Trukikaitis_Postimees, lk 186
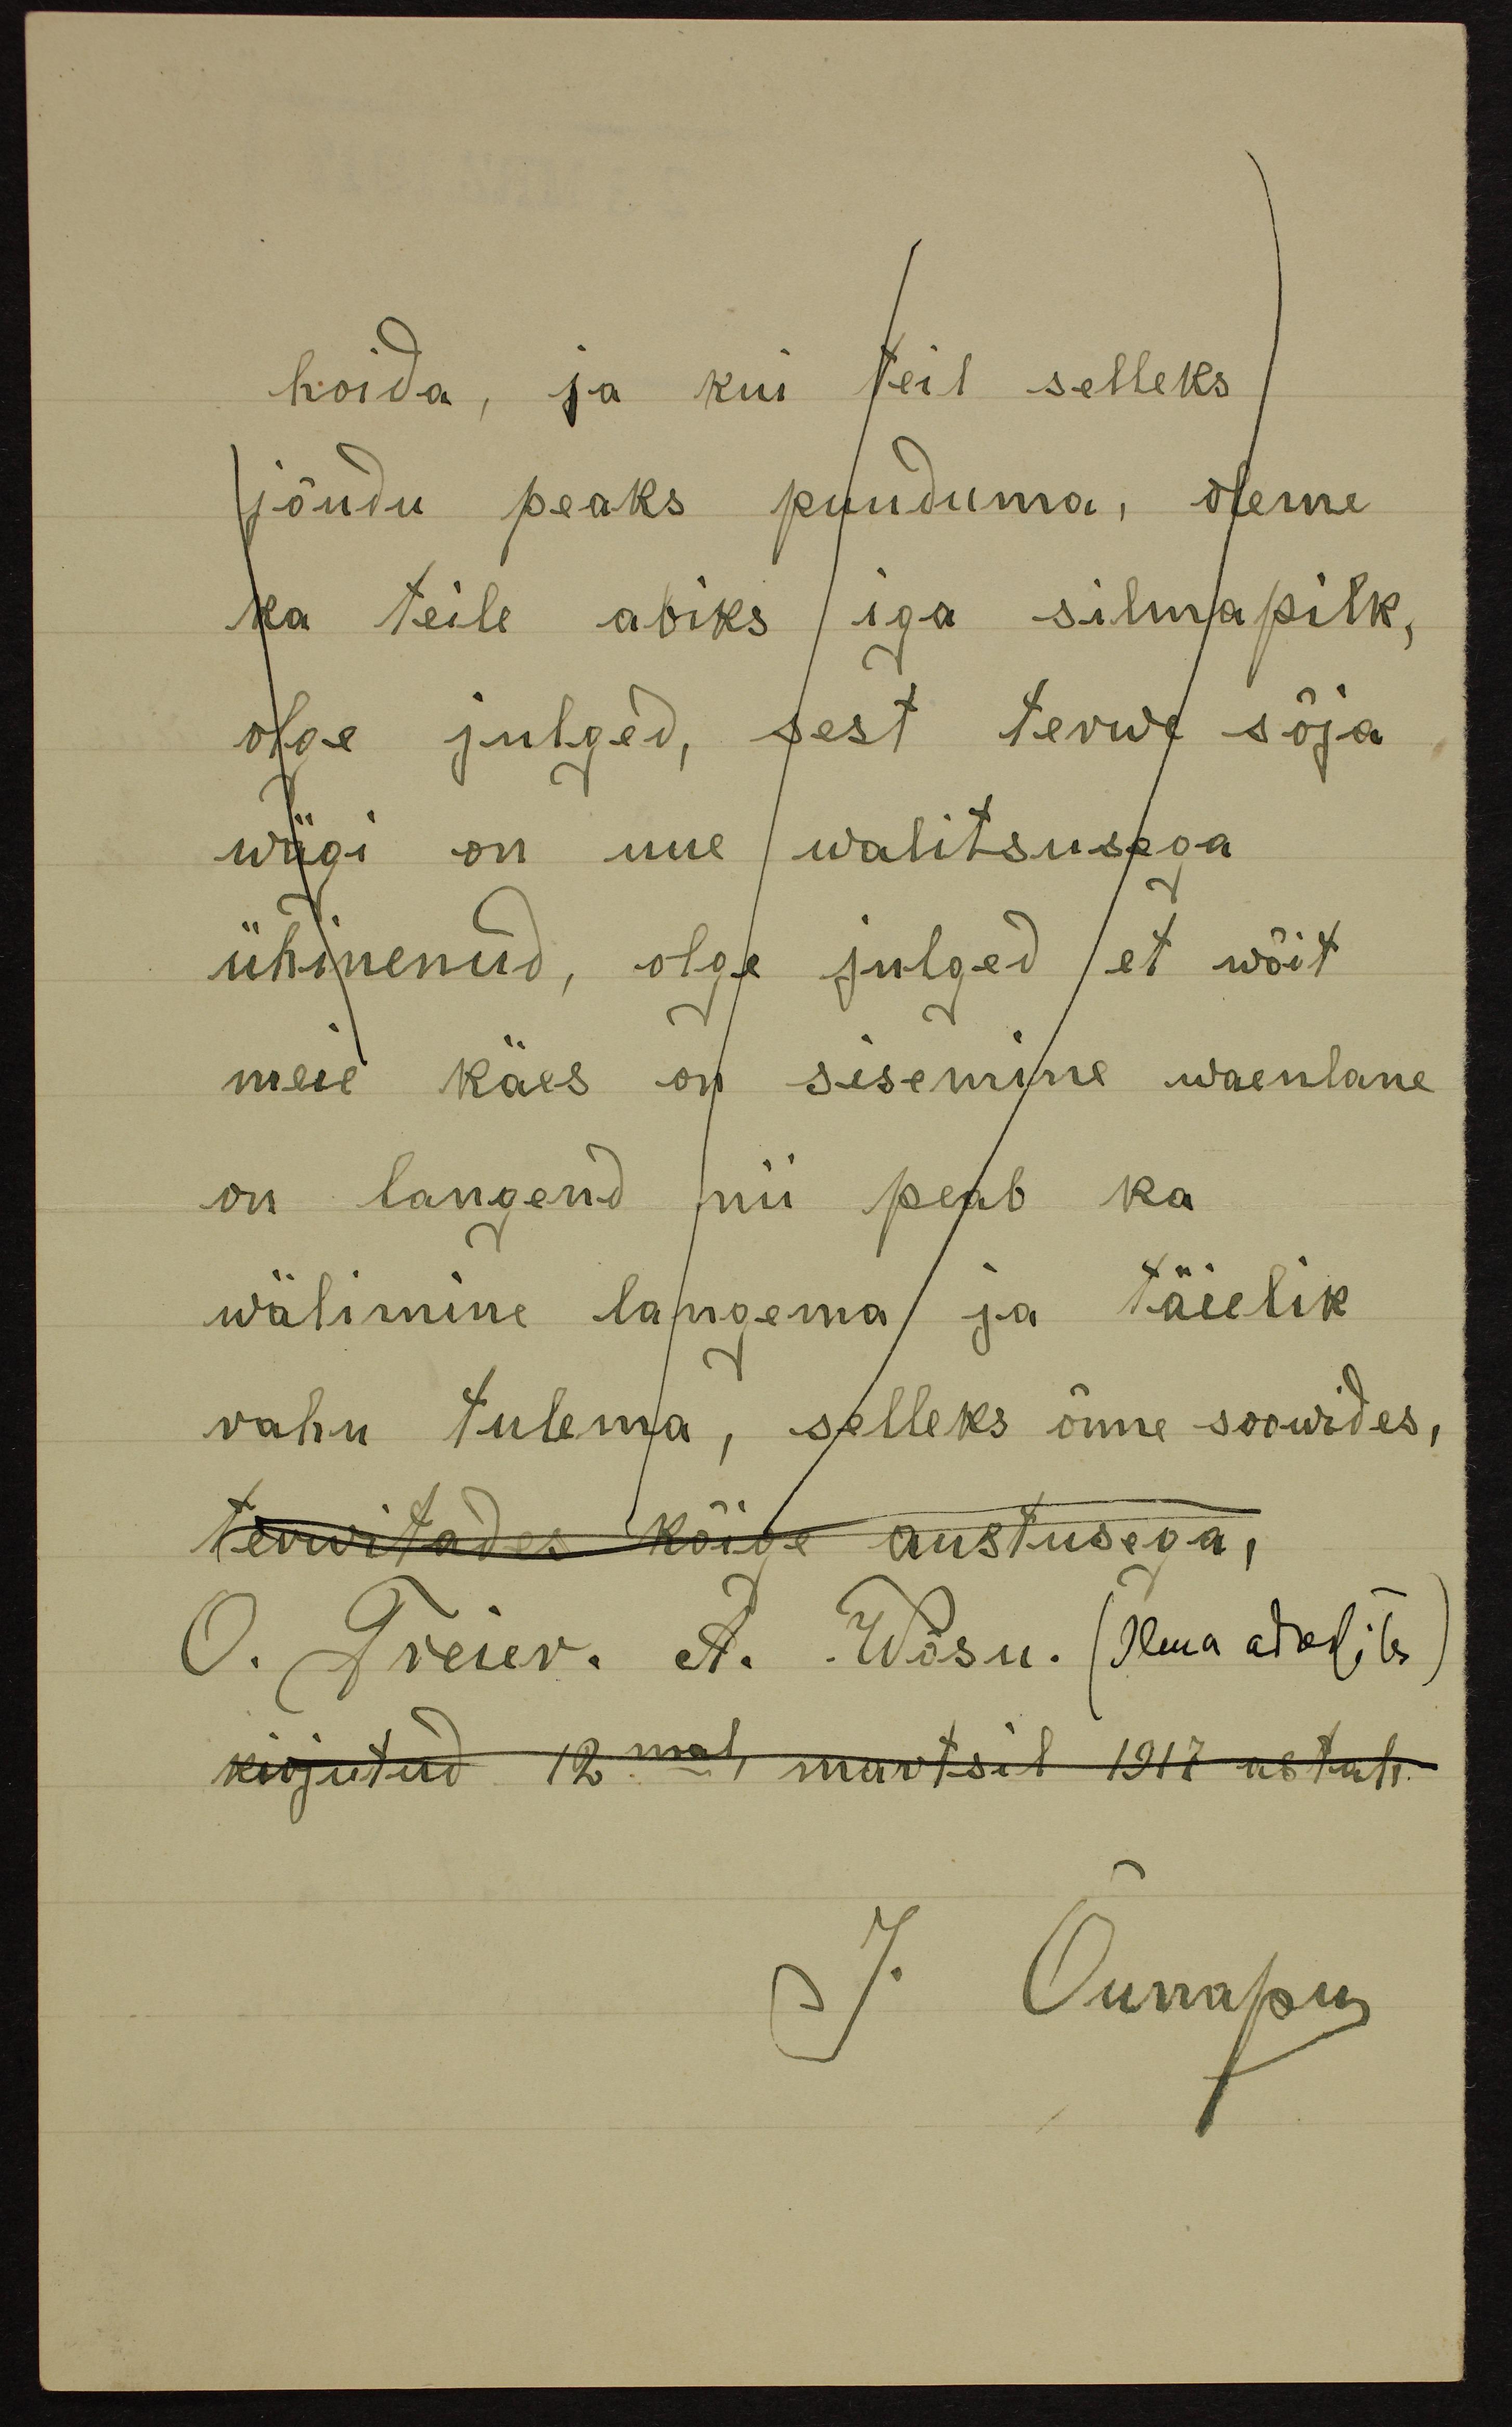
hoida, ja kui teil selleks
jõudu peaks puuduma, oleme
ka teile abiks iga silmapilk,
õige julged, sest terwe sõja
wägi on uue walitsusega
ühinenud, olge julged et wõit
meie käes on sisemine waenlane
on langend nii peab ka
wälimine langema ja täielik
rahu tulema, selleks õnne soowides,
terwitades kõige austusega,
O. Treier. A. Wõsu. (Ilma adresita)
kirjutud 12mal märtsil 1917 astal.
J. Õunapu